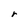
Character: r